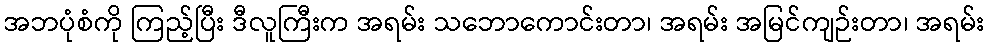
အဘပုံစံကို ကြည့်ပြီး ဒီလူကြီးက အရမ်း သဘောကောင်းတာ၊ အရမ်း အမြင်ကျဉ်းတာ၊ အရမ်း